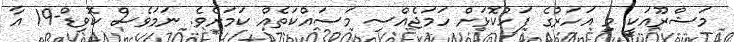
މަޝްރޫއަކީ މި އަހަރުގެ ފަހުކޮޅަށް ހަމަޖެއްސި މަސައްކަތެއް ކަމަށެވެ. ނަމަވެސް ކޮވިޑް-19 އާ